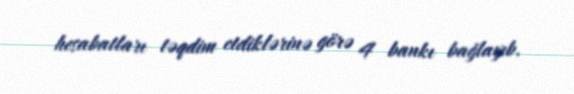
hesabatları təqdim etdiklərinə görə 4 bankı bağlayıb.